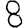
Digit: 8